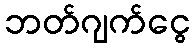
ဘတ်ဂျက်ငွေ